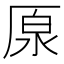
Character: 厡